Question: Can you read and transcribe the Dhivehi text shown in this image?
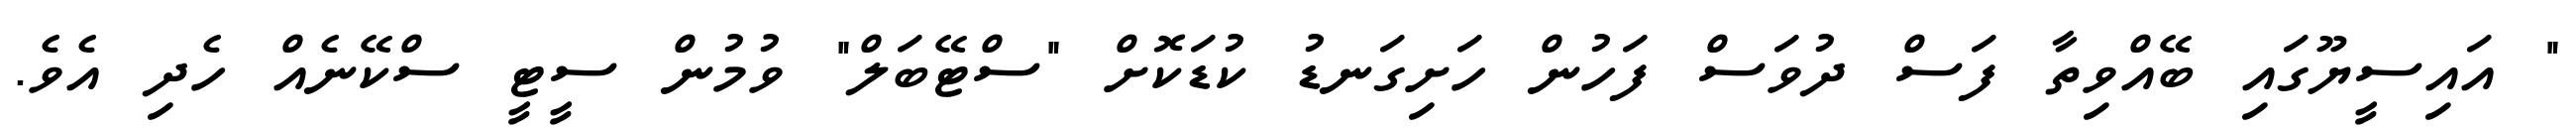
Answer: " އައިސީޔޫގައި ބޭއްވިތާ ފަސް ދުވަސް ފަހުން ހަށިގަނޑު ކުޑަކޮށް "ސްޓޭބަލް" ވުމުން ސީޓީ ސްކޭނެއް ހެދި އެވެ.